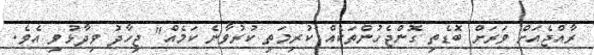
ރާއްޖެއަށް ވަރަށް ބޮޑެތި ގޮންޖެހުންތަކެއް ކުރިމަތި ކުރުވާނެ ކަމެއް" ޖިހާދު ވިދާޅުވި އެވެ.